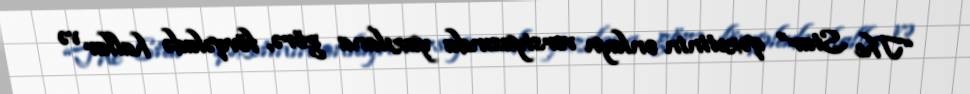
“The Star” qəzetinin onlayn versiyasında yazılana görə, fövqəladə hallar və